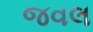
જવલ